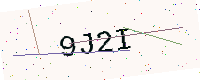
Text: 9J2I